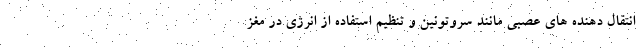
انتقال دهنده های عصبی مانند سروتونین و تنظیم استفاده از انرژی در مغز